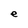
Character: e